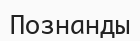
Познанды